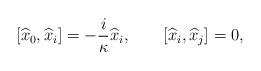
LaTeX: \begin{align*}\lbrack\widehat{x}_{0},\widehat{x}_{i}]=-\frac{i}{\kappa}\widehat{x}_{i},\qquad\lbrack\widehat{x}_{i},\widehat{x}_{j}]=0, \end{align*}